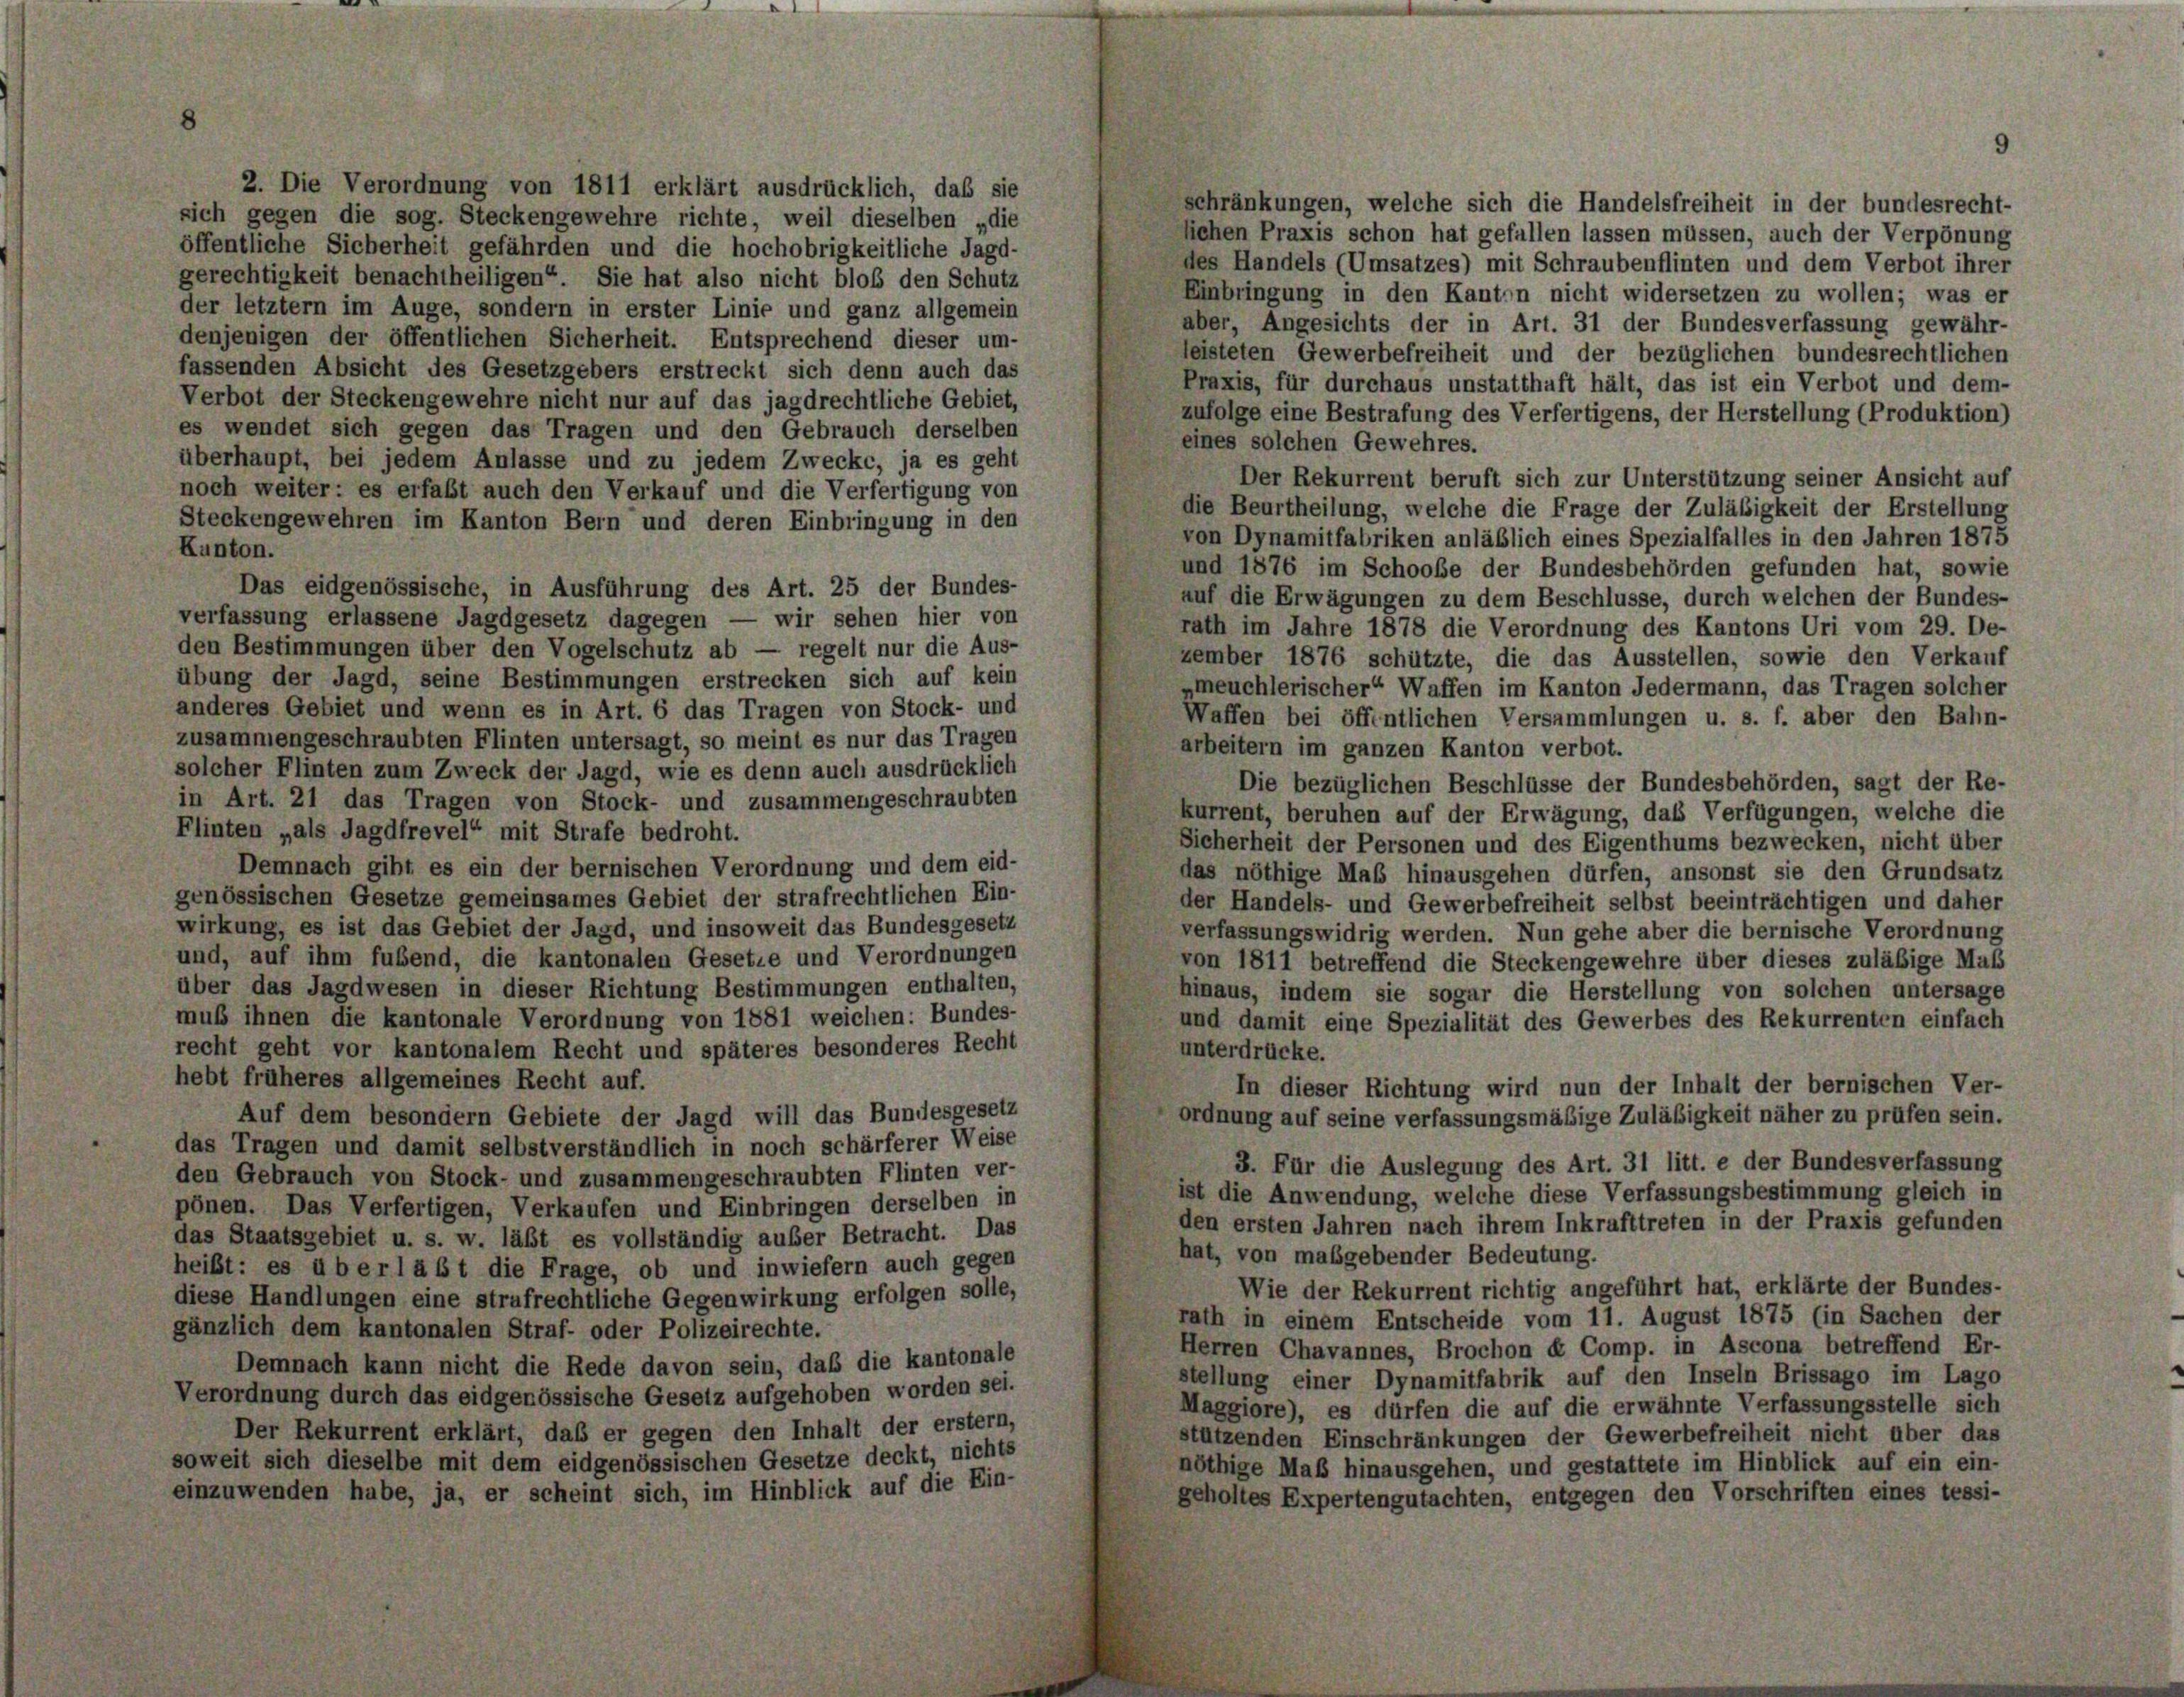
2. Die Verordnung von 1811 erklärt ausdrücklich, daß sie
sich gegen die sog. Steckengewehre richte, weil dieselben „die
öffentliche Sicherheit gefährden und die hochobrigkeitliche Jagd-
gerechtigkeit benachtheiligen“ Sie hat also nicht bloß den Schutz
der letztem im Auge, sondern in erster Linie und ganz allgemein
denjenigen der öffentlichen Sicherheit. Entsprechend dieser um-
fassenden Absicht des Gesetzgebers erstreckt sich denn auch das
Verbot der Steckengewehre nicht nur auf das jagdrechtliche Gebiet,
es wendet sich gegen das Tragen und den Gebrauch derselben
überhaupt, bei jedem Anlasse und zu jedem Zwecke, ja es geht
noch weiter: es erfaßt auch den Verkauf und die Verfertigung von
Steckengewehren im Kanton Bern und deren Einbringung in den
Kunton.
Das eidgenössische, in Ausführung des Art. 25 der Bundes-
verfassung erlassene Jagdgesetz dagegen — wir sehen hier von
den Bestimmungen über den Vogelschutz ab — regelt nur die Aus-
übung der Jagd, seine Bestimmungen erstrecken sich auf kein
anderes Gebiet und wenn es in Art. 6 das Tragen von Stock- und
zusammengeschraubten Flinten untersagt, so meint es nur das Tragen
solcher Flinten zum Zweck der Jagd, wie es denn auch ausdrücklich
in Art. 21 das Tragen von Stock- und zusammengeschraubten
Flinten „als Jagdfrevel“ mit Strafe bedroht.
Demnach gibt es ein der bernischen Verordnung und dem eid-
genössischen Gesetze gemeinsames Gebiet der strafrechtlichen Ein-
wirkung, es ist das Gebiet der Jagd, und insoweit das Bundesgesetz
und, auf ihm fubend, die kantonalen Gesetze und Verordnungen
über das Jagdwesen in dieser Richtung Bestimmungen enthalten,
muß ihnen die kantonale Verordnung von 1881 weichen: Bundes-
recht geht vor kantonalem Recht und späteres besonderes Recht
hebt früheres allgemeines Recht auf.
Auf dem besondern Gebiete der Jagd will das Bundesgesetz
das Tragen und damit selbstverständlich in noch schärferer Weise
den Gebrauch von Stock- und zusammengeschraubten Flinten ver-
pönen. Das Verfertigen, Verkaufen und Einbringen derselben in
das Staatsgebiet u. s. w. läßt es vollständig außer Betracht. Das
heißt: es überläßt die Frage, ob und inwiefern auch gegen
diese Handlungen eine strafrechtliche Gegenwirkung erfolgen solle,
gänzlich dem kantonalen Straf- oder Polizeirechte.
Demnach kann nicht die Rede davon sein, daß die kantonale
Verordnung durch das eidgenössische Gesetz aufgehoben worden sei.
Der Rekurrent erklärt, daß er gegen den Inhalt der erstem,
soweit sich dieselbe mit dem eidgenössischen Gesetze deckt, nichts
einzuwenden habe, ja, er scheint sich, im Hinblick auf die Ein-

schränkungen, welche sich die Handelsfreiheit in der bundesrecht-
liehen Praxis schon hat gefallen lassen müssen, auch der Verpönung
des Handels (Umsatzes) mit Schraubenflinten und dem Verbot ihrer
Einbringung in den Kanton nicht widersetzen zu wollen; was er
aber, Angesichts der in Art. 31 der Bundesverfassung gewähr-
leisteten Gewerbefreiheit und der bezüglichen bundesrechtlichen
Praxis, für durchaus unstatthaft hält, das ist ein Verbot und dem-
zufolge eine Bestrafung des Verfertigens, der Herstellung (Produktion)
eines solchen Gewehres.
Der Rekurrent beruft sich zur Unterstützung seiner Ansicht auf
die Beurtheilung, welche die Frage der Zuläßigkeit der Erstellung
von Dynamitfabriken anläßlich eines Spezialfalles in den Jahren 1875
und 1876 im Schooße der Bundesbehörden gefunden hat, sowie
auf die Erwägungen zu dem Beschlüsse, durch welchen der Bundes-
rath im Jahre 1878 die Verordnung des Kantons Uri vom 29. De-
zember 1876 schützte, die das Ausstellen, sowie den Verkauf
meuchlerischer“ Waffen im Kanton Jedermann, das Tragen solcher
Waffen bei öffentlichen Versammlungen u. s. f. aber den Bahn-
arbeitern im ganzen Kanton verbot.
Die bezüglichen Beschlüsse der Bundesbehörden, sagt der Re-
kurrent, beruhen auf der Erwägung, das Verfügungen, welche die
Sicherheit der Personen und des Eigenthums bezwecken, nicht über
das nöthige Maß hinausgehen dürfen, ansonst sie den Grundsatz
der Handels- und Gewerbefreiheit selbst beeinträchtigen und daher
verfassungswidrig werden. Nun gehe aber die bernische Verordnung
von 1811 betreffend die Steckengewehre über dieses zuläßige Maß
hinaus, indem sie sogar die Herstellung von solchen untersage
und damit eine Spezialität des Gewerbes des Rekurrenten einfach
unterdrücke.
In dieser Richtung wird nun der Inhalt der bernischen Ver-
ordnung auf seine verfassungsmäßige Zuläßigkeit näher zu prüfen sein.
3. Für die Auslegung des Art. 31 litt. e der Bundesverfassung
ist die Anwendung, welche diese Verfassungsbestimmung gleich in
den ersten Jahren nach ihrem Inkrafttreten in der Praxis gefunden
hat, von maßgebender Bedeutung.
Wie der Rekurrent richtig angeführt hat, erklärte der Bundes-
rath in einem Entscheide vom 11. August 1875 (in Sachen der
Herren Chavannes, Brochon et Comp. in Ascona betreffend Er-
stellung einer Dynamitfabrik auf den Inseln Brissago im Lago
Maggiore), es dürfen die auf die erwähnte Verfassungsstelle sich
stützenden Einschränkungen der Gewerbefreiheit nicht über das
nöthige Maß hinausgehen, und gestattete im Hinblick auf ein ein-
geholtes Expertengutachten, entgegen den Vorschriften eines tessi-